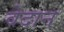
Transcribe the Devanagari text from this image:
वेदान